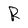
Character: R